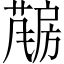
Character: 𱟤